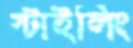
স্টাইলিং